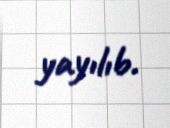
yayılıb.